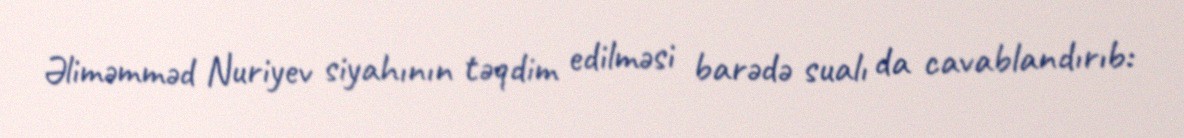
Əliməmməd Nuriyev siyahının təqdim edilməsi barədə sualı da cavablandırıb: